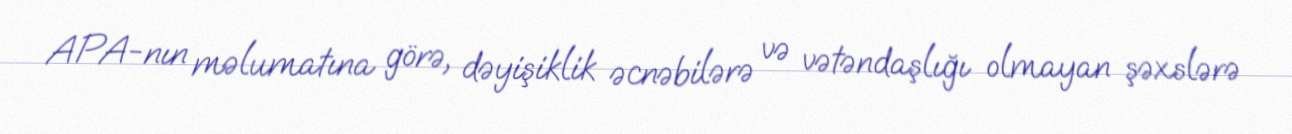
APA-nın məlumatına görə, dəyişiklik əcnəbilərə və vətəndaşlığı olmayan şəxslərə